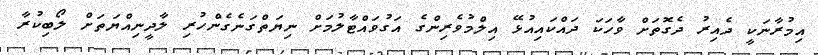
އިމުރާނަކީ ދެއިރު ދެގޮތަށް ވާހަކަ ދައްކައިއުޅޭ އިލްމުވެރިންގެ އަގުވައްޓާލުމަށް ނިޔަތްގަނެގެންހުރި ލާދީނިއްޔަތަށް ލޯބިކުރާ